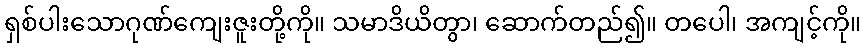
ရှစ်ပါးသောဂုဏ်ကျေးဇူးတို့ကို။ သမာဒိယိတွာ၊ ဆောက်တည်၍။ တပေါ၊ အကျင့်ကို။